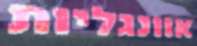
אוונגליות